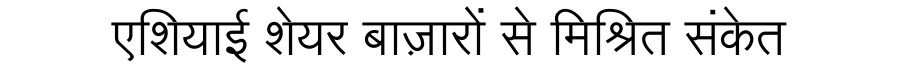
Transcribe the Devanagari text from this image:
एशियाई शेयर बाज़ारों से मिश्रित संकेत